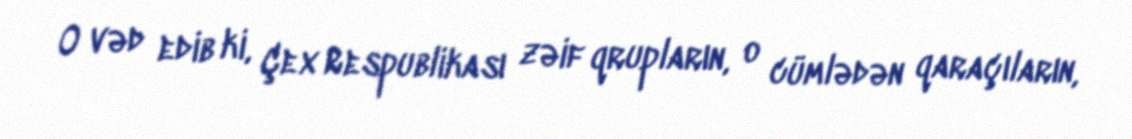
O vəd edib ki, Çex Respublikası zəif qrupların, o cümlədən qaraçıların,